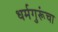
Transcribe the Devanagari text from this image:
धर्मगुरूंचा